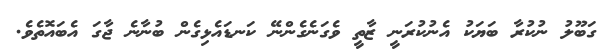
ގަބޫލު ނުކުރާ ބަޔަކު އެނުކުރަނީ ޒާތީ ވެގަނެގެންނޭ ކަނޑައެޅިގެން ބުނާނެ ޖާގަ އެބައޮތެވެ.